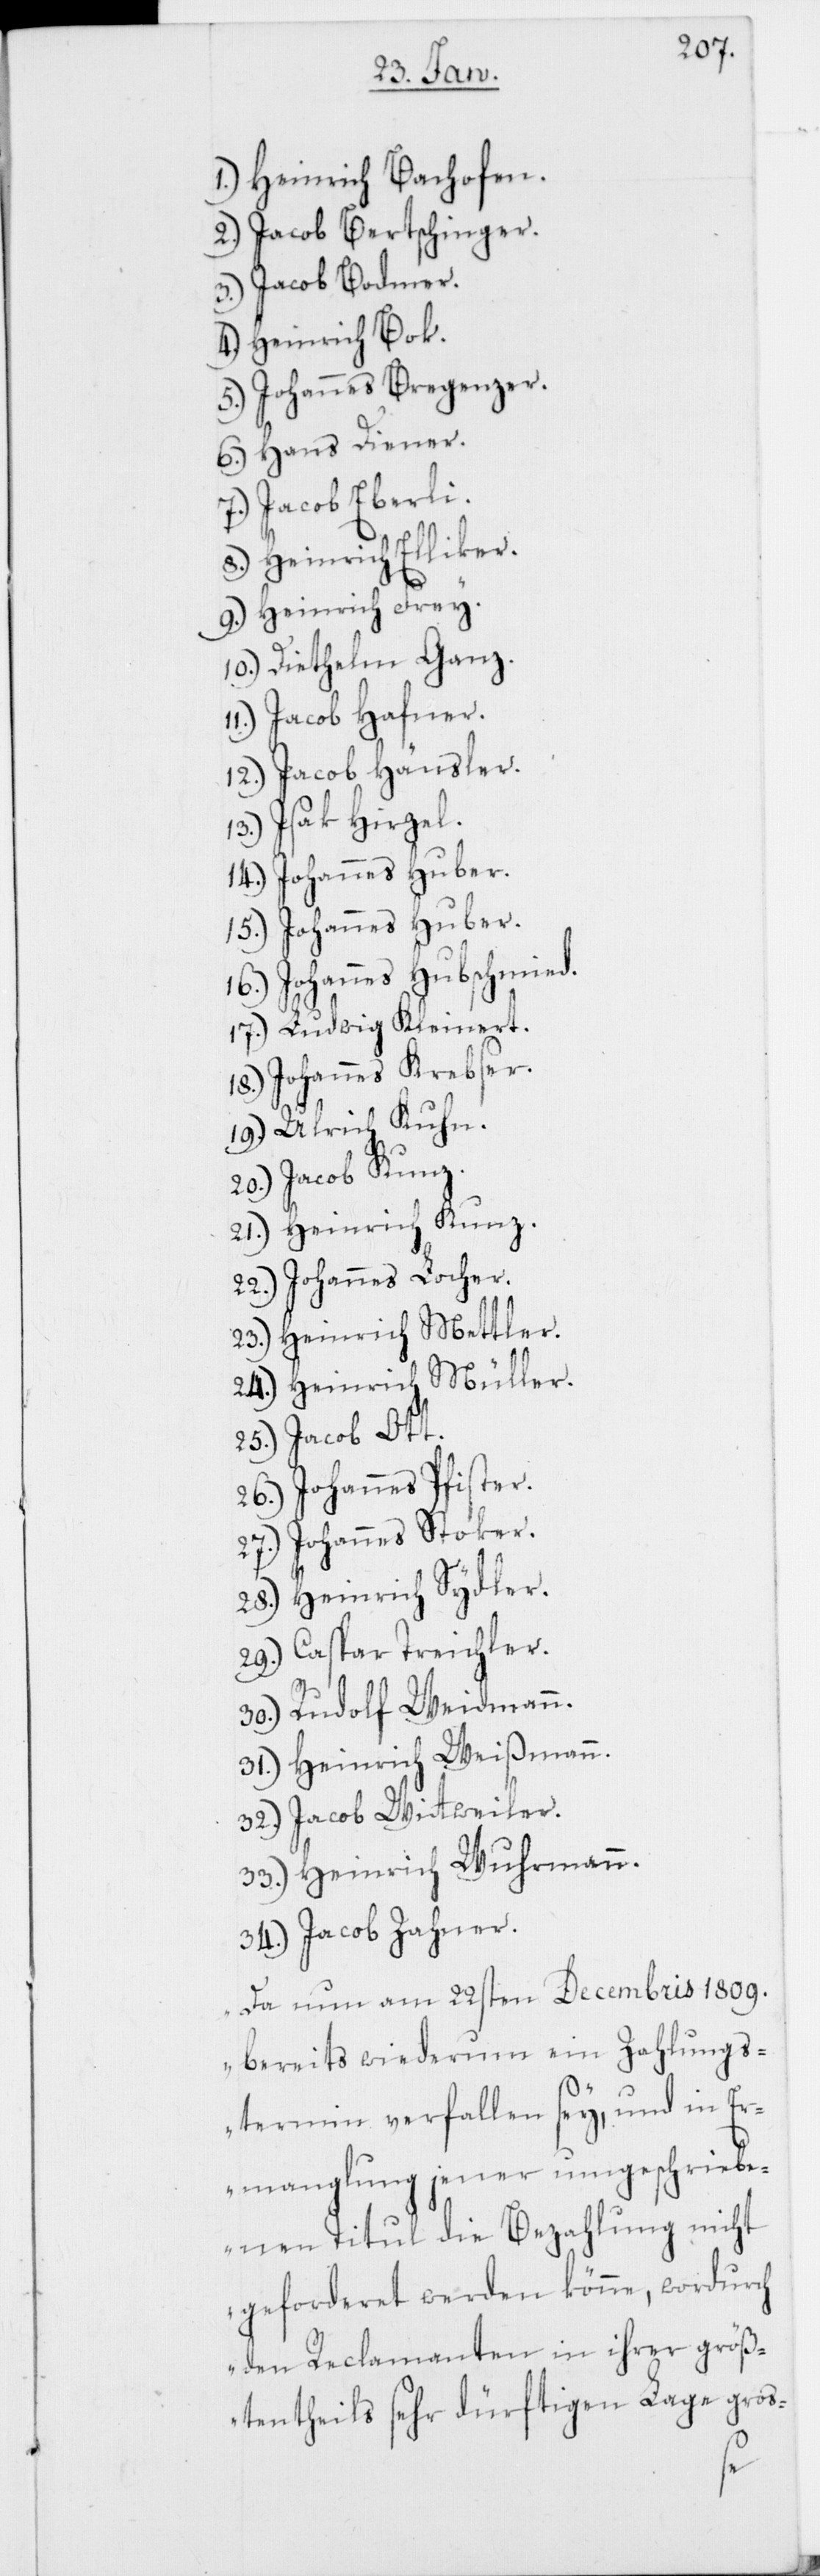
1.) Heinrich Bachofen.
2.) Jacob Bertschinger.
3.) Jacob Bodmer.
4.) Heinrich Bok.
5.) Johannes Bregenzer.
6.) Hans Diener.
7.) Jacob Eberli.
8.) Heinrich Elliker.
9.) Heinrich Frey.
10.) Diethelm Ganz.
12.) Jacob Hänsler.
13.) Isak Hirzel.
14.) Johannes Huber.
Johannes Huber.
15.)
16.) Johannes Hubschmied.
17.) Ludwig Kleinert.
18.) Johannes Krebser.
19.) Ulrich Kuhn.
20.) Jacob Kunz.
21.) Heinrich Kunz.
22.) Johannes Locher.
23.) Heinrich Mettler.
24.) Heinrich Müller.
25.) Jacob Ott.
26.) Johannes Pfister.
27.) Johannes Stoker.
28.) Heinrich Sydler.
29.) Caspar Treichler.
30.) Rudolf Weidmann.
31.) Heinrich Weißmann.
32.) Jacob Wittweiler.
33.) Heinrich Wuhrmann.
34.) Jacob Zahner.
Da nun am 22sten Decembris 1809.
bereits wiederum ein Zahlungs¬
termin verfallen sey, und in Er¬
manglung jener umgeschriebe¬
nen Titul die Bezahlung nicht
geforderet werden könne, wordurch
den Reclamanten in ihrer größ¬
tentheils sehr dürftigen Lage gro¬
s-